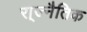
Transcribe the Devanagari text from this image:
रा्ज्नैतिक